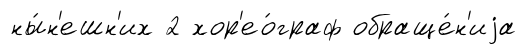
ны́н'ешн'их 2 хор'ео́граф обраще́н'иjа